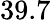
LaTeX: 39.7